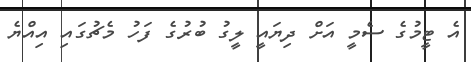
އެ ޓީމުގެ ސެމީ އަށް ދިޔައީ ލީގު ބުރުގެ ފަހު މެޗުގައި އިއްޔެ